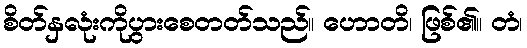
စိတ်နှလုံးကိုပွားစေတတ်သည်။ ဟောတိ၊ ဖြစ်၏။ တံ၊